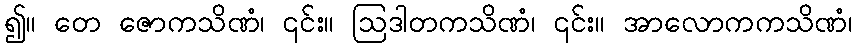
၍။ တေ ဇောကသိဏံ၊ ၎င်း။ ဩဒါတကသိဏံ၊ ၎င်း။ အာလောကကသိဏံ၊